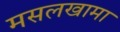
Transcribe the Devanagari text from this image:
मसलखामा